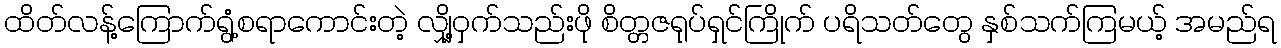
ထိတ်လန့်ကြောက်ရွံ့စရာကောင်းတဲ့ လျှို့ဝှက်သည်းဖို စိတ္တဇရုပ်ရှင်ကြိုက် ပရိသတ်တွေ နှစ်သက်ကြမယ့် အမည်ရ